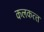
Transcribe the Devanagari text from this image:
कलकत्‍त